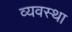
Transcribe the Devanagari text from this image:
व्यवस्था